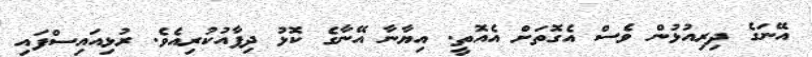
އޭނަގެ ދިރިއުޅުން ވެސް އެގޮތަށް އެއޮތީ. އިޔާނާ އޭނާގެ ކޮޅު ދިފާއުކުރިއެވެ. ރުޅިއައިސްފައި